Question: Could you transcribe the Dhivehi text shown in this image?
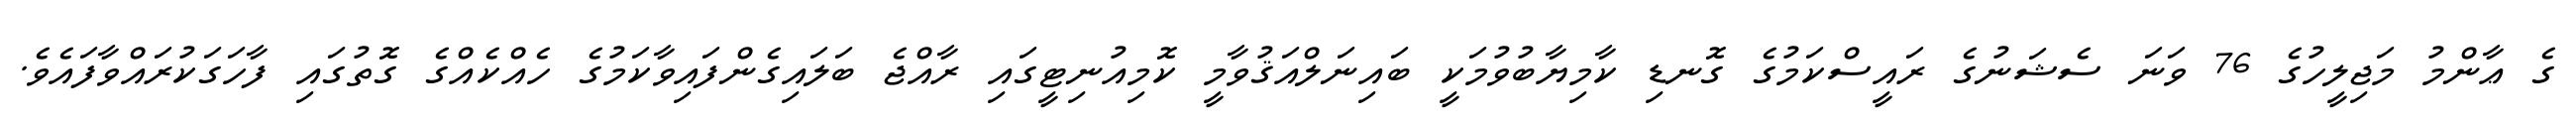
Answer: ގެ ޢާންމު މަޖިލީހުގެ 76 ވަނަ ސެޝަނުގެ ރައީސްކަމުގެ ގޮނޑި ކާމިޔާބުވުމަކީ ބައިނަލްއަޤުވާމީ ކޮމިއުނިޓީގައި ރާއްޖެ ބަލައިގެންފައިވާކަމުގެ ހެއްކެއްގެ ގޮތުގައި ފާހަގަކުރައްވާފައެވެ.